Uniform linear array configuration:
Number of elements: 16
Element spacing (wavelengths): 0.25
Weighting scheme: uniform
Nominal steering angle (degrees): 45
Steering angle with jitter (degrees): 45.088
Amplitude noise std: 0.05
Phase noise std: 0.05

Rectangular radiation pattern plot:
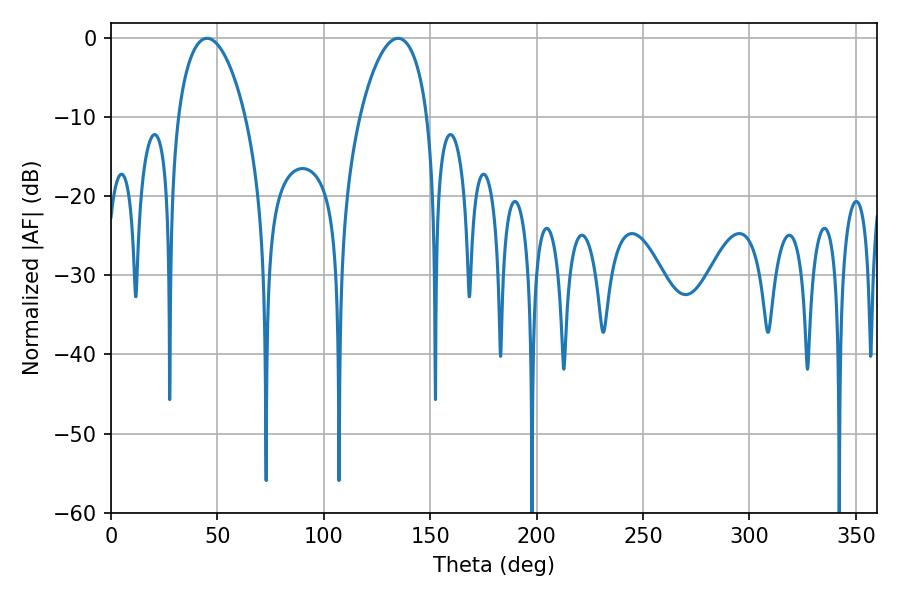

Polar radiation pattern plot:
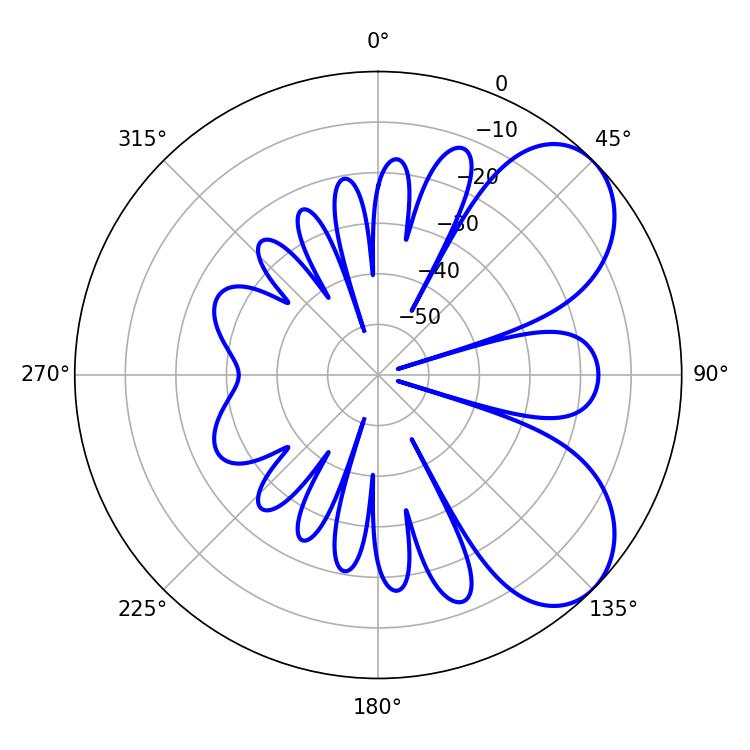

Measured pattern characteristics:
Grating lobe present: FALSE
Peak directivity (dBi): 6.177
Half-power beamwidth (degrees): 18
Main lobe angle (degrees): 45.18